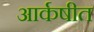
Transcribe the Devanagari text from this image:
आर्कषीत